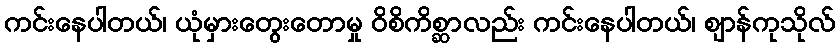
ကင်းနေပါတယ်၊ ယုံမှားတွေးတောမှု ဝိစိကိစ္ဆာလည်း ကင်းနေပါတယ်၊ ဈာန်ကုသိုလ်